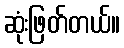
ဆုံးဖြတ်တယ်။